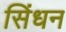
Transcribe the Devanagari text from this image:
सिंधन